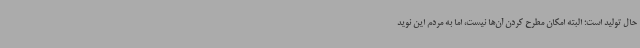
حال تولید است؛ البته امکان مطرح کردن آن‌ها نیست، اما به مردم این نوید